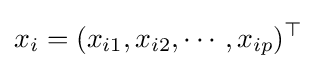
x_{i}=(x_{i1},x_{i2},\cdots ,x_{ip})^{\top }